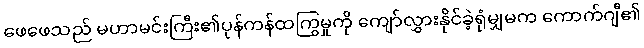
ဖေဖေသည် မဟာမင်းကြီး၏ပုန်ကန်ထကြွမှုကို ကျော်လွှားနိုင်ခဲ့ရုံမျှမက ကောက်ဂျီ၏